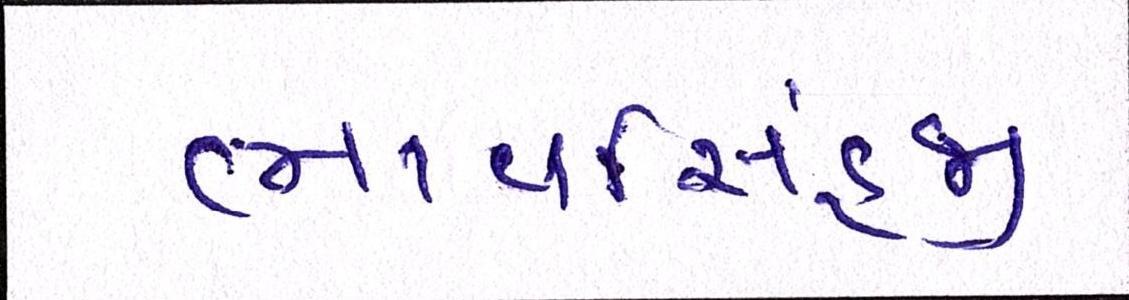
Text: ભાવસિંહજી